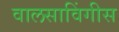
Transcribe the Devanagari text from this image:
वालसाविंगीस